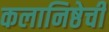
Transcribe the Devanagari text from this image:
कलानिष्ठेची